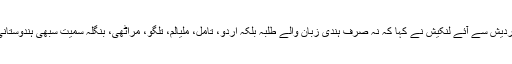
اس احتجاج میں اول روز سے موجود اتر پردیش سے آئے لنکیش نے کہا کہ نہ صرف ہندی زبان والے طلبہ بلکہ اردو، تامل، ملیالم، تلگو، مراٹھی، بنگلہ سمیت سبھی ہندوستانی زبانوں کے طلبہ اس تفریق کا شکار ہیں۔